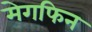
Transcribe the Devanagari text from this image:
मेगफिन